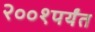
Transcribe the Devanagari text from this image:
२००१पर्यंत